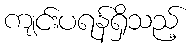
ကျင်းပရန်ရှိသည့်